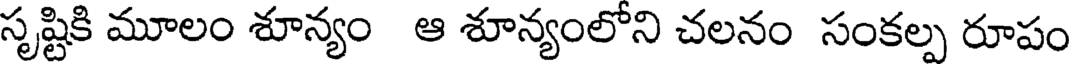
సృష్టికి మూలం శూన్యం ఆ శూన్యంలోని చలనం సంకల్ప రూపం